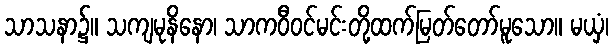
သာသနာ၌။ သကျမုနိနော၊ သာကဝီဝင်မင်းတို့ထက်မြတ်တော်မူသော။ မယှံ၊